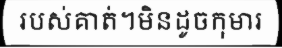
របស់គាត់។មិនដូចកុមារ